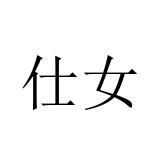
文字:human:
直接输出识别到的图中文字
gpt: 仕女